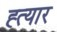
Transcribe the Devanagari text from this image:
ह्त्यार